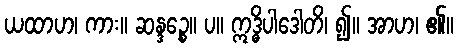
ယထာဟ၊ ကား။ ဆန္ဒဉ္စေ။ ပ။ ဣဒ္ဓိပါဒေါတိ၊ ၍။ အာဟ၊ ၏။